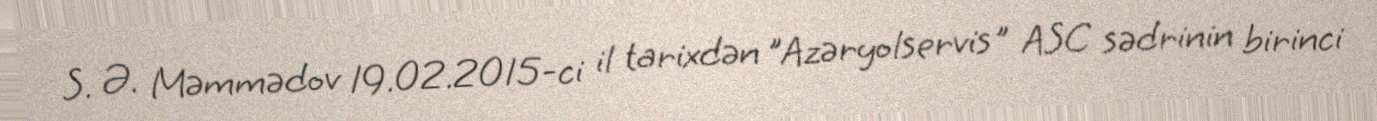
S. Ə. Məmmədov 19.02.2015-ci il tarixdən "Azəryolservis" ASC sədrinin birinci